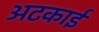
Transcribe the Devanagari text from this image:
अटकाई